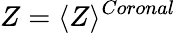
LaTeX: Z=\langle Z\rangle^{Coronal}